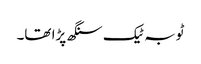
ٹوبہ ٹیک سنگھ پڑا تھا۔